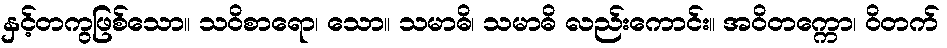
နှင့်တကွဖြစ်သော။ သဝိစာရော၊ သော။ သမာဓိ၊ သမာဓိ လည်းကောင်း။ အဝိတက္ကော၊ ဝိတက်